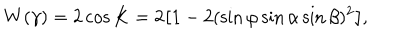
LaTeX: W ( \gamma ) = 2 \cos K = 2 \bigl [ 1 - 2 ( \sin \varphi \sin \alpha \sin \beta ) ^ { 2 } \bigl ] ,